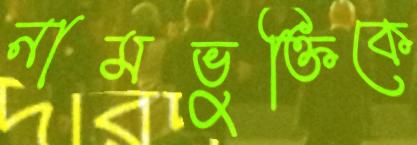
নামভুক্তিকে